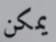
يمكن